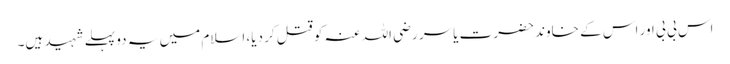
اس بی بی اور اس کے خاوند حضرت یاسر رضی اللہ عنہ کو قتل کر دیا، اسلام میں یہ دو پہلے شہید ہیں۔